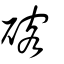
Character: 碦